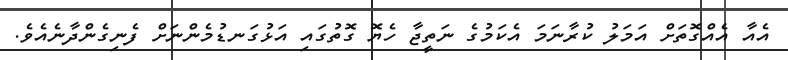
އެއާ އެއްގޮތަށް އަމަލު ކުރާނަމަ އެކަމުގެ ނަތީޖާ ހެޔޮ ގޮތުގައި އަޅުގަނޑުމެންނަށް ފެނިގެންދާނެއެވެ.